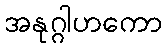
အနုဂ္ဂါဟကော